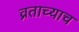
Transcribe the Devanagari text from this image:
व्रताच्याच